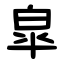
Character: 皐